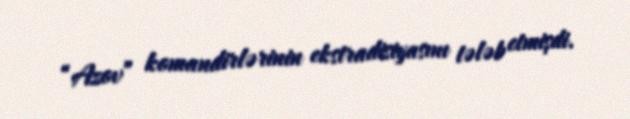
“Azov” komandirlərinin ekstradisiyasını tələb etmişdi.